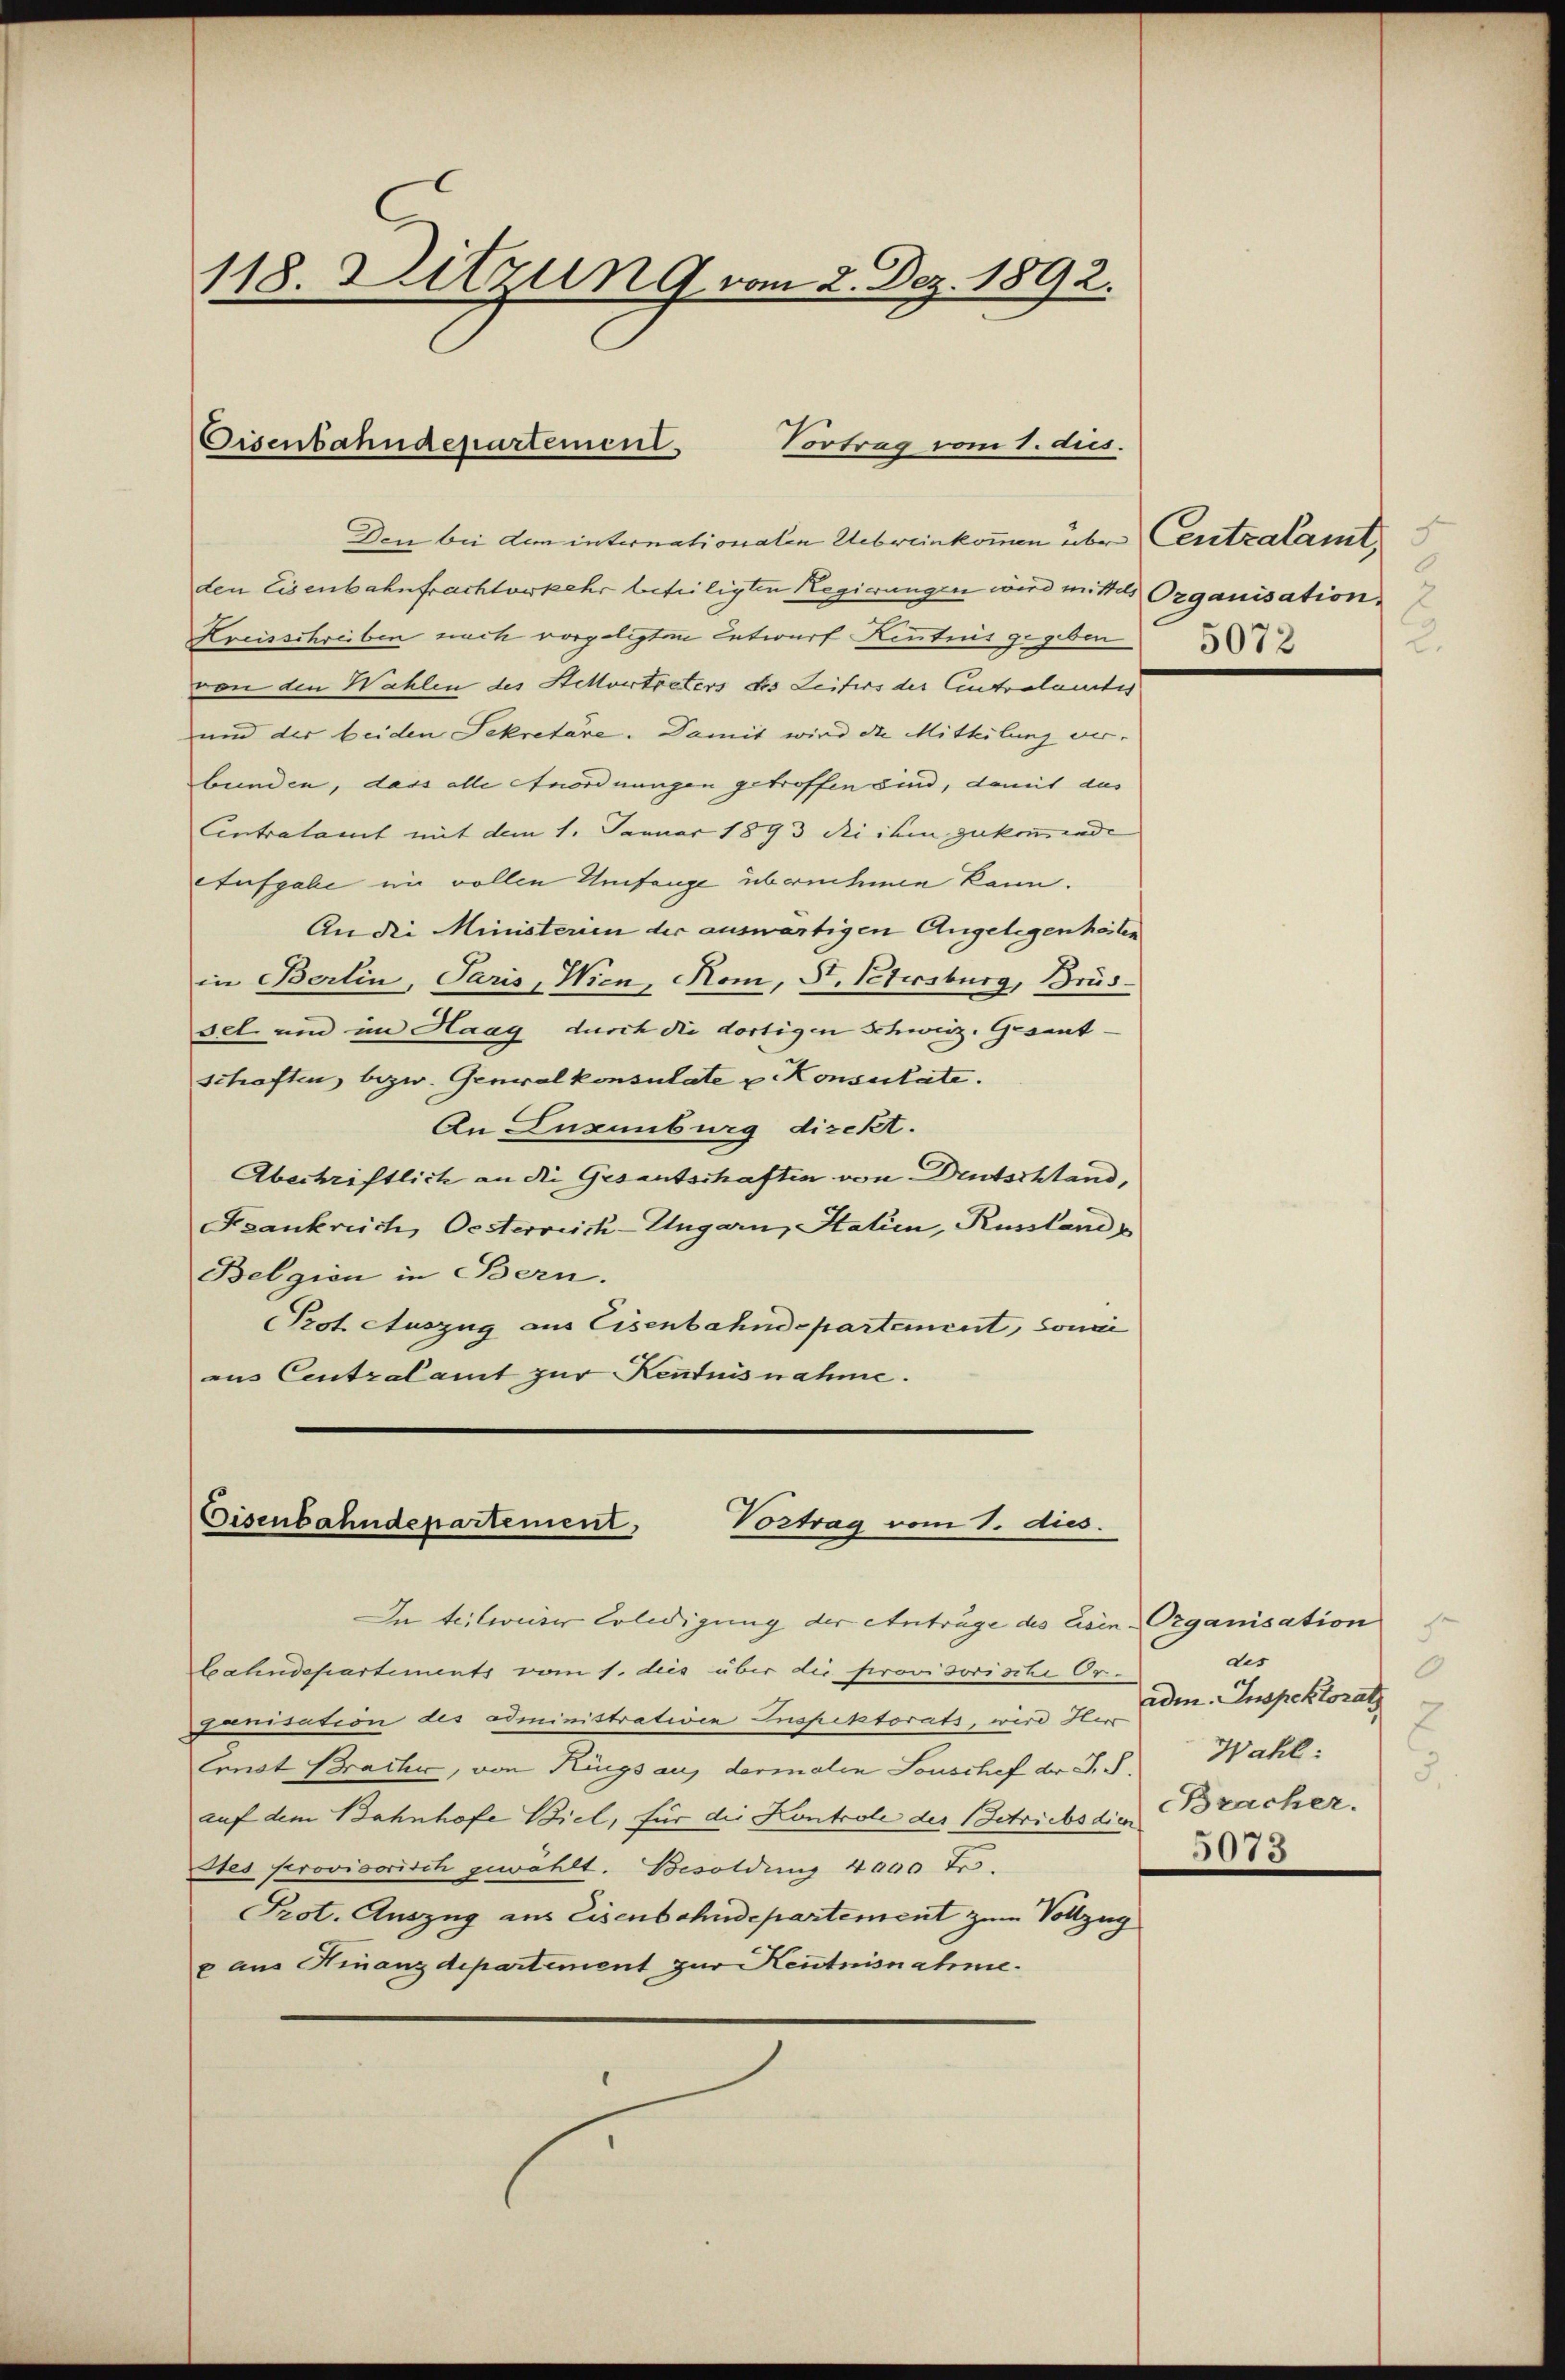
118. Sitzung vom 2. Dez. 1892.

Eisenbahndepartement
Vortrag vom 1. dus.

Den bei dem internationalen Uebereinkommen über Centralamt
den Eisenbahnfrachtverkehr beteiligten Regierungen wird mittels Organisation
Kreisschreiben nach vorgelegten Entwurf Kenntnis gegeben 12
von den Wahlen des Stellvertreters des Leifers der Antralamtes
und der beiden Sekretäre. Damit wird die Mitteilung ver-
bunden, dass alle Anordnungen getroffen sind, damit das
Centralamt mit dem 1. Januar 1893 die ihm zukommende |
Aufgabe im vollen Umfange übernehme kann.
An die Ministerien der auswärtigen Angelegenheiten
in Berlin, Paris, Wien, Kom, S. Petersburg, Brüssel und im Haag durch die dortigen Schweiz. Gesandschaften bezw. Generalkonsulate u. Konsulate.
An Eugenburg direkt.
Abechriftlich an die Gesantschaften von Deutschland,
Frankreich, Oesterreich-Ungarn, Statien, Russland
Belgien in Bern.
Prot. Auszug aus Eisenbahndepartement, sonni
eus Centralamt zur Kenntnisnahme.

Eisenbahndepartement,
Vortrag vom 1. dies.

bahndepartiments vom 1. dies über die serovisorische Oranisation des administrativen Inspektorats, wird Herr
Ernst Bracher, von Küngs aus dermalen Souschef der J. S.
auf dem Bahnhofe Biel, für die Kontrole des Betriebsdin Bracher.
Stes provisorisch gewählt. Besoldung 4000 Fr.
Prot. Auszug aus Eisenbahndepartement zum Vollzug
x aus Finanzdepartement zur Kentnisnahme.

In teilereier Erledigung der Anträge des Eisen Organisation

9
2.

F
des
0
ade. Inspektorat
2
Wahl:
5073